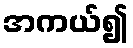
အကယ်၍